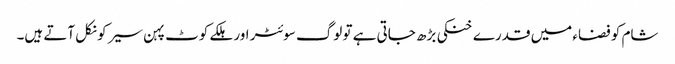
شام کو فضاء میں قدرے خنکی بڑھ جاتی ہے تو لوگ سوئٹر اور ہلکے کوٹ پہن سیر کو نکل آتے ہیں۔